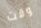
وقت